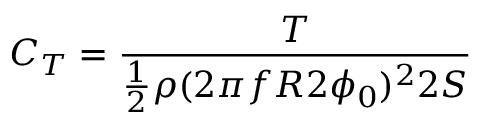
C _ { T } = \frac { T } { \frac { 1 } { 2 } \rho ( 2 \pi f R 2 \phi _ { 0 } ) ^ { 2 } 2 S }